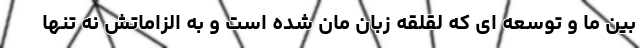
بین ما و توسعه ای که لقلقه زبان مان شده است و به الزاماتش نه تنها